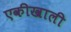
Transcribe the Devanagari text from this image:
एकीखाली